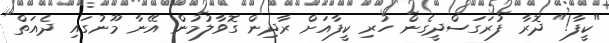
"ކީފާ!" ދޮރާ ފުރަގަސްދީގެން ހުރި ކީފާއަށް ރާދިން ގޮވާލުމުން އޭނާ މޫނުގައި ދެއަތް